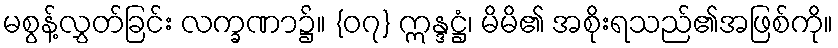
မစွန့်လွှတ်ခြင်း လက္ခဏာ၌။ {၀၇} ဣန္ဒဋ္ဌံ၊ မိမိ၏ အစိုးရသည်၏အဖြစ်ကို။